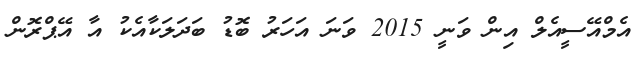
އެމްއޭސީއެލް އިން ވަނީ 2015 ވަނަ އަހަރު ބޮޑު ބަދަލަކާއެކު އާ އޭޕްރޮން